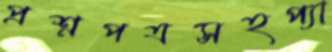
প্রশ্নপত্রসহপ্যা